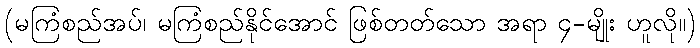
(မကြံစည်အပ်၊ မကြံစည်နိုင်အောင် ဖြစ်တတ်သော အရာ ၄-မျိုး ဟူလို။)